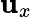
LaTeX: \mathbf{u}_{x}